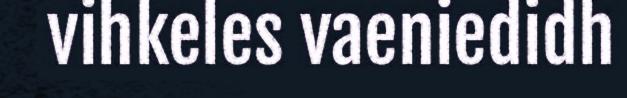
vihkeles vaeniedidh